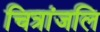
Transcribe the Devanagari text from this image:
चित्रांजलि